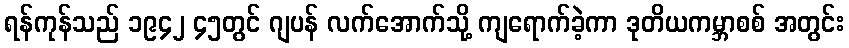
ရန်ကုန်သည် ၁၉၄၂ ၄၅တွင် ဂျပန် လက်အောက်သို့ ကျရောက်ခဲ့ကာ ဒုတိယကမ္ဘာစစ် အတွင်း